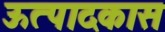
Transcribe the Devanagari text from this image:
ऊत्पादकास